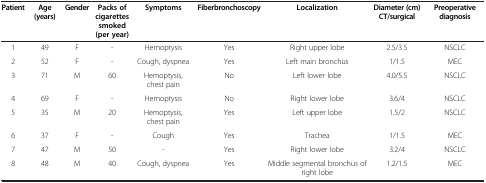
| Patient | Age (years) | Gender | Packs of cigarettes smoked (per year) | Symptoms | Fiberbronchoscopy | Localization | Diameter (cm) CT/surgical | Preoperative diagnosis |
 | --- | --- | --- | --- | --- | --- | --- | --- | --- |
 | 1 | 49 | F | - | Hemoptysis | Yes | Right upper lobe | 2.5/3.5 | NSCLC |
 | 2 | 52 | F | - | Cough, dyspnea | Yes | Left main bronchus | 1/1.5 | MEC |
 | 3 | 71 | M | 60 | Hemoptysis, chest pain | No | Left lower lobe | 4.0/5.5 | NSCLC |
 | 4 | 69 | F | - | Hemoptysis | No | Right lower lobe | 3.6/4 | NSCLC |
 | 5 | 35 | M | 20 | Hemoptysis, chest pain | Yes | Left upper lobe | 1.5/2 | NSCLC |
 | 6 | 37 | F | - | Cough | Yes | Trachea | 1/1.5 | MEC |
 | 7 | 47 | M | 50 | - | Yes | Right lower lobe | 3.2/4 | NSCLC |
 | 8 | 48 | M | 40 | Cough, dyspnea | Yes | Middle segmental bronchus of right lobe | 1.2/1.5 | MEC |